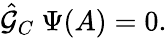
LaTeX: {\hat{\cal G}}_{C}\ \Psi(A)=0.